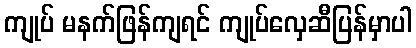
ကျုပ် မနက်ဖြန်ကျရင် ကျုပ်လှေဆီပြန်မှာပါ